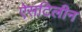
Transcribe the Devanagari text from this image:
ऐसटिलीन